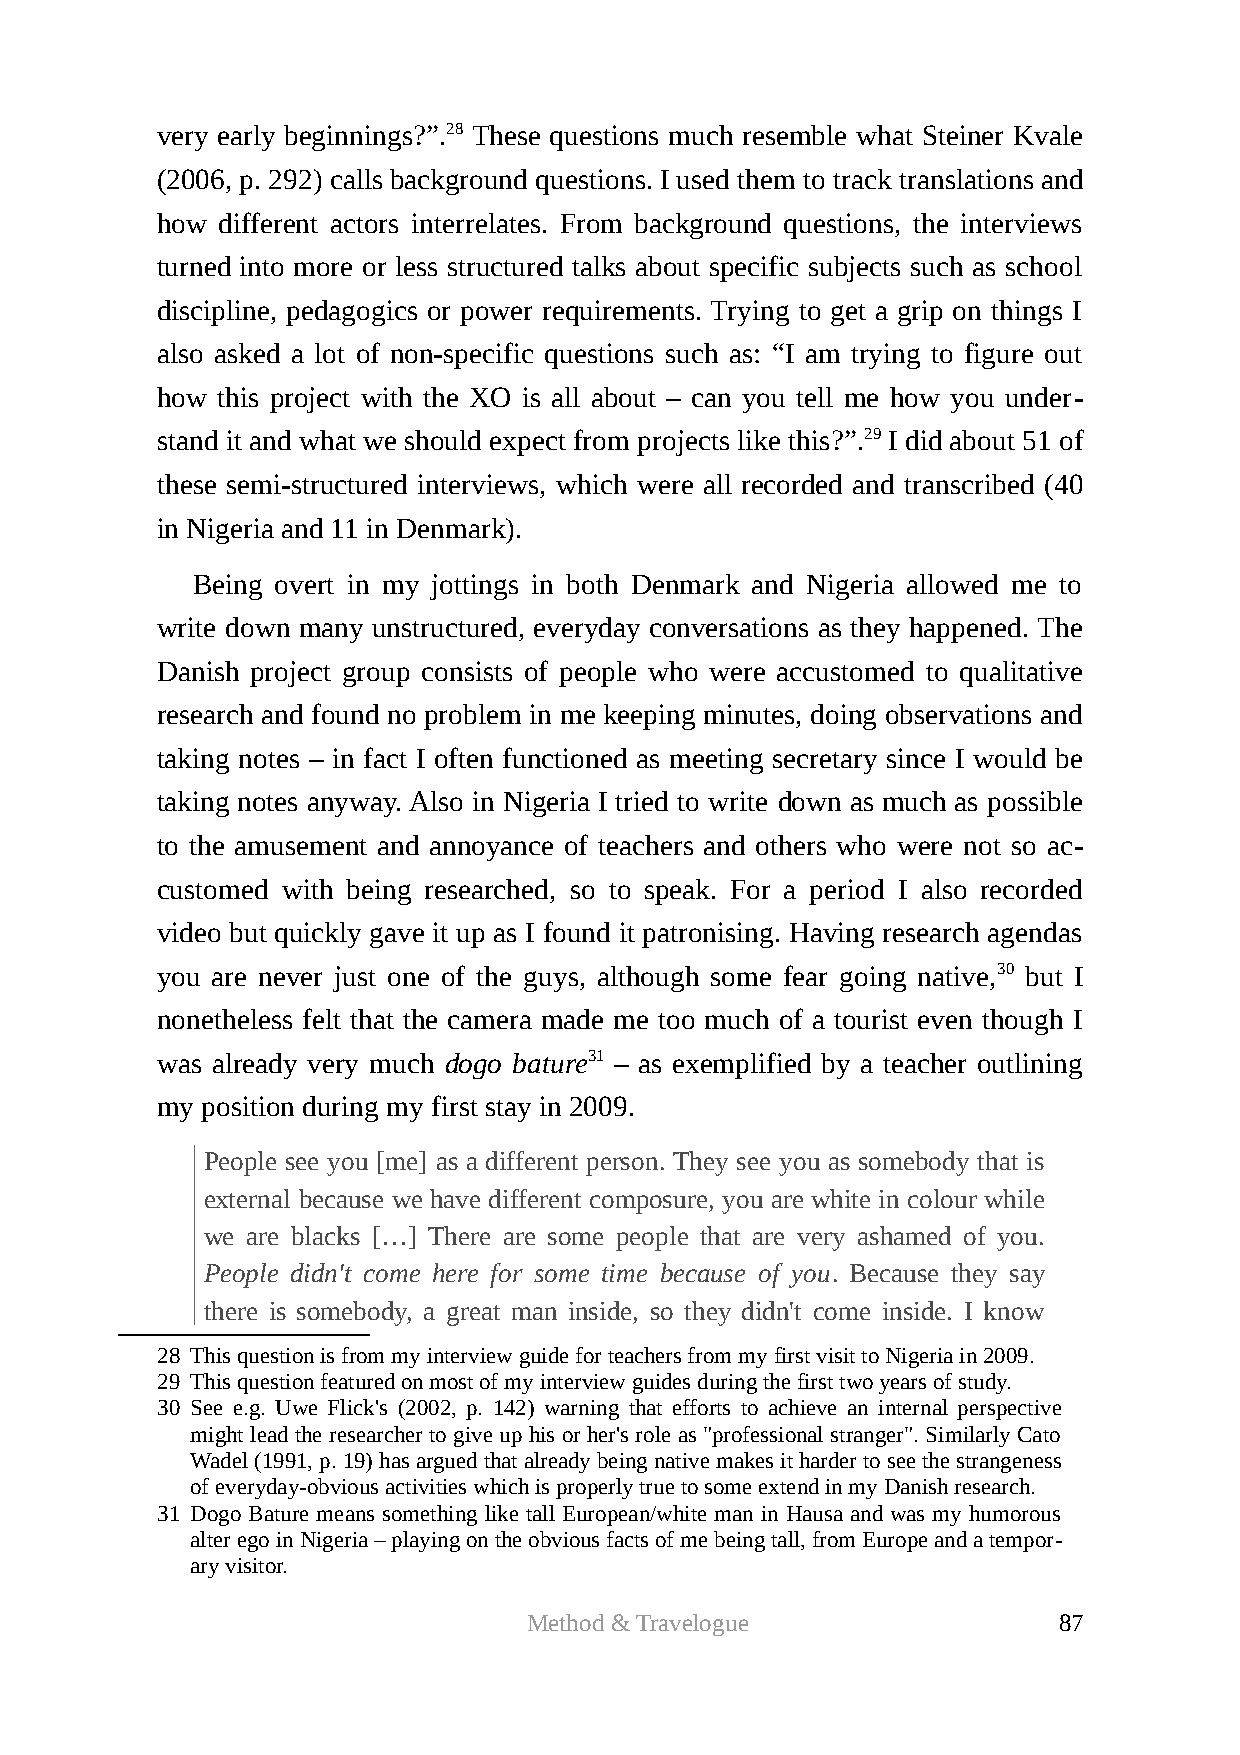
very early beginnings?”.28 These questions much resemble what Steiner Kvale
 (2006, p. 292) calls background questions. I used them to track translations and
 how  different actors interrelates. From background questions, the interviews
 turned into more or less structured talks about specific subjects such as school
 discipline, pedagogics or power requirements. Trying to get a grip on things I
 also asked a lot of non-specific questions such as: “I am trying to figure out
 how this project with the XO is all about – can you tell me how you under-
 stand it and what we should expect from projects like this?”.29 I did about 51 of
 these semi-structured interviews, which were all recorded and transcribed (40
 in Nigeria and 11 in Denmark).
 Being overt in my jottings in both Denmark and Nigeria allowed me to
 write down many unstructured, everyday conversations as they happened. The
 Danish project group consists of people who were accustomed to qualitative
 research and found no problem in me keeping minutes, doing observations and
 taking notes – in fact I often functioned as meeting secretary since I would be
 taking notes anyway. Also in Nigeria I tried to write down as much as possible
 to the amusement and annoyance of teachers and others who were not so ac-
 customed with being researched, so to speak. For a period I also recorded
 video but quickly gave it up as I found it patronising. Having research agendas
 you are never just one of the guys, although some fear going native,30 but I
 nonetheless felt that the camera made me too much of a tourist even though I
 was already very much dogo bature31 – as exemplified by a teacher outlining
 my position during my first stay in 2009.
 People see you [me] as a different person. They see you as somebody that is
 external because we have different composure, you are white in colour while
 we are blacks […] There are some people that are very ashamed of you.
 People didn't come here for some time because of you. Because they say
 there is somebody, a great man inside, so they didn't come inside. I know
 28 This question is from my interview guide for teachers from my first visit to Nigeria in 2009.
 29 This question featured on most of my interview guides during the first two years of study.
 30 See e.g. Uwe Flick's (2002, p. 142) warning that efforts to achieve an internal perspective
 might lead the researcher to give up his or her's role as "professional stranger". Similarly Cato
 Wadel (1991, p. 19) has argued that already being native makes it harder to see the strangeness
 of everyday-obvious activities which is properly true to some extend in my Danish research.
 31 Dogo Bature means something like tall European/white man in Hausa and was my humorous
 alter ego in Nigeria – playing on the obvious facts of me being tall, from Europe and a tempor-
 ary visitor.
 Method & Travelogue                87